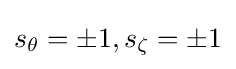
s_{\theta }=\pm 1,s_{\zeta }=\pm 1